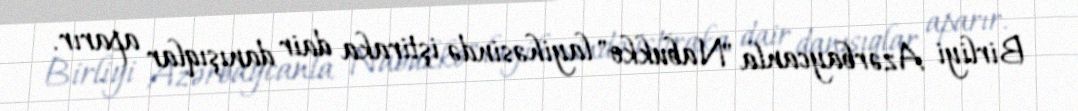
Birliyi Azərbaycanla "Nabukko" layihəsində iştiraka dair danışıqlar aparır.